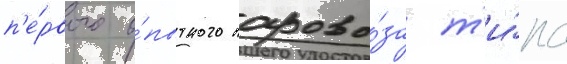
п'е́рвого о́пытного парово́за т'и́па